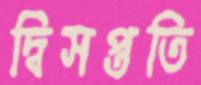
দ্বিসপ্ততি